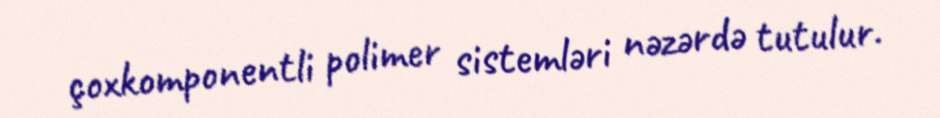
çoxkomponentli polimer sistemləri nəzərdə tutulur.